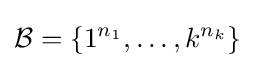
{\mathcal {B}}=\{1^{n_{1}},\ldots ,k^{n_{k}}\}